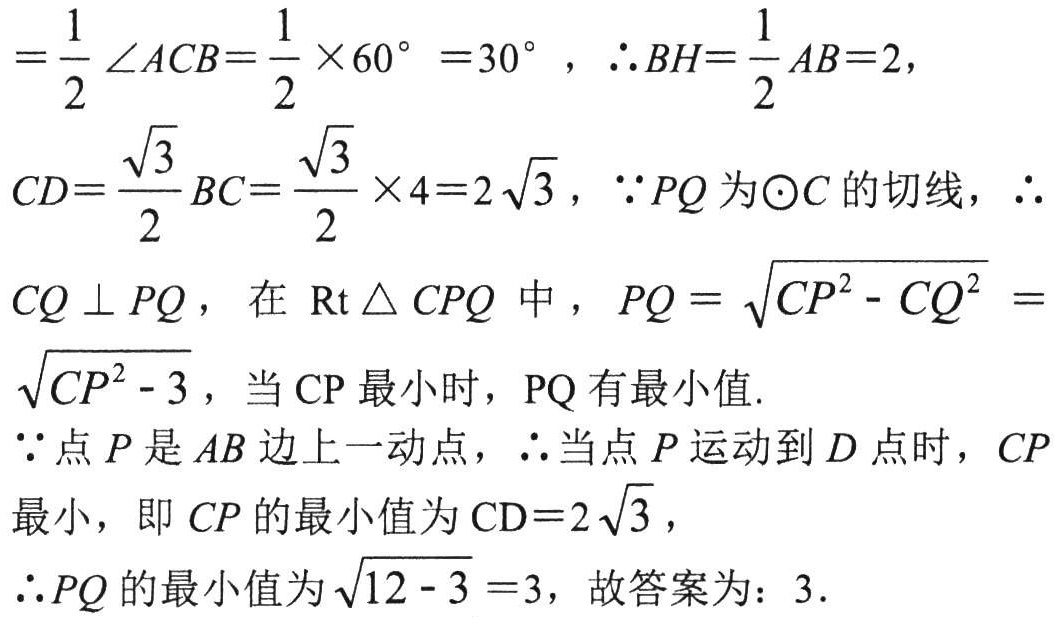
\[

\begin{align*}

&=\frac{1}{2}\angle ACB = \frac{1}{2}\times60^{\circ}=30^{\circ},\therefore BH=\frac{1}{2}AB = 2,\\

&CD=\frac{\sqrt{3}}{2}BC=\frac{\sqrt{3}}{2}\times4 = 2\sqrt{3},\because PQ\text{ 为}\odot C\text{ 的切线},\therefore\\

&CQ\perp PQ,\text{ 在 }\mathrm{Rt}\triangle CPQ\text{ 中},PQ=\sqrt{CP^{2}-CQ^{2}}=\sqrt{CP^{2}-3}, \text{ 当 } \mathrm{CP} \text{ 最小时}, \mathrm{PQ} \text{ 有最小值}.\\

&\because\text{ 点 }P\text{ 是 }AB\text{ 边上一动点},\therefore\text{ 当点 }P\text{ 运动到 }D\text{ 点时},CP\\

&\text{最小，即 }CP\text{ 的最小值为 }\mathrm{CD}=2\sqrt{3},\\

&\therefore PQ\text{ 的最小值为 }\sqrt{12 - 3}=3,\text{ 故答案为：}3.

\end{align*}

\]